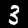
Digit: 3